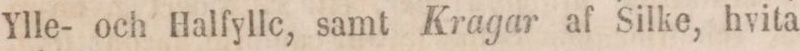
Ylle- och Halfyllc, samt Kragar af Silke, hvita